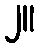
၂။